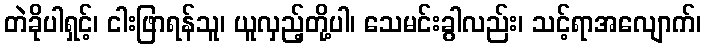
တဲခိုပါရှင့်၊ ငါးဖြာရန်သူ၊ ယူလှည့်တို့ပါ၊ သေမင်းခွါလည်း၊ သင့်ရာအလျောက်၊